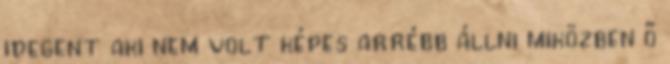
idegent aki nem volt képes arrébb állni miközben ő